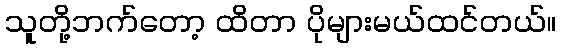
သူတို့ဘက်တော့ ထိတာ ပိုများမယ်ထင်တယ်။